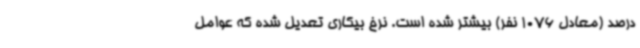
درصد (معادل 1076 نفر) بیشتر شده است. نرخ بیکاری تعدیل شده که عوامل